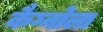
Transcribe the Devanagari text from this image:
कैग्नोला